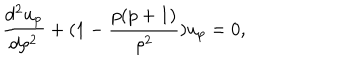
{ \frac { d ^ { 2 } u _ { p } } { d \rho ^ { 2 } } } + ( 1 - { \frac { p ( p + 1 ) } { \rho ^ { 2 } } } ) u _ { p } = 0 ,